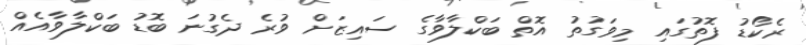
ރެކޯޑު ފޮތުގައި މިވަގުތު އޮތް ބަކްލާވާގެ ސައިޒަށް ވުރެ ދެގުނަ ބޮޑު ބަކްލާވާއެއް